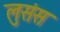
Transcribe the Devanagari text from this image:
लुसंस